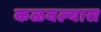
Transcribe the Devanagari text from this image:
कळवल्यास